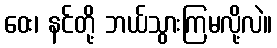
ဝေး၊ နင်တို့ ဘယ်သွားကြမလို့လဲ။